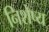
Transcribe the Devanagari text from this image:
निशेष्य